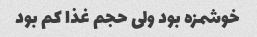
خوشمزه بود ولی حجم غذا کم بود